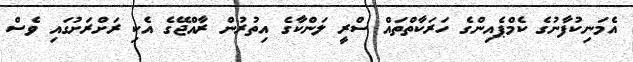
އެމަނިކުފާނުގެ ކެމްޕެއިންގެ ހަރަކާތްތައް ސްރީ ލަންކާގެ އިތުރުން ރާއްޖޭގެ އެކި ރަށްރަށުގައި ވެސް